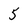
Character: 5